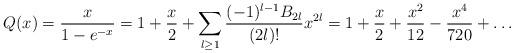
LaTeX: \begin{align*} Q(x) = \frac{x}{1-e^{-x}} = 1 + \frac{x}{2} + \sum_{l \geq 1}\frac{(-1)^{l-1}B_{2l}}{(2l)!}x^{2l} = 1 + \frac{x}{2} + \frac{x^2}{12} - \frac{x^4}{720} + \ldots\end{align*}